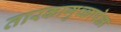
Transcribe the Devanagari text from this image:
तारकागुच्छापेक्षा